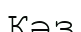
Кәз